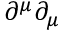
\partial ^ { \mu } \partial _ { \mu }